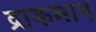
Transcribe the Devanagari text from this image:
द्राकमान